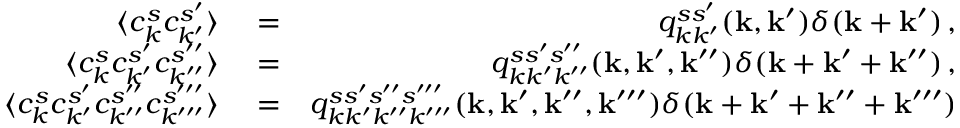
\begin{array} { r l r } { \langle c _ { k } ^ { s } c _ { k ^ { \prime } } ^ { s ^ { \prime } } \rangle } & { { } = } & { q _ { k k ^ { \prime } } ^ { s s ^ { \prime } } ( { \bf k } , { \bf k } ^ { \prime } ) \delta ( { \bf k } + { \bf k } ^ { \prime } ) \, , } \\ { \langle c _ { k } ^ { s } c _ { k ^ { \prime } } ^ { s ^ { \prime } } c _ { k ^ { \prime \prime } } ^ { s ^ { \prime \prime } } \rangle } & { { } = } & { q _ { k k ^ { \prime } k ^ { \prime \prime } } ^ { s s ^ { \prime } s ^ { \prime \prime } } ( { \bf k } , { \bf k } ^ { \prime } , { \bf k } ^ { \prime \prime } ) \delta ( { \bf k } + { \bf k } ^ { \prime } + { \bf k } ^ { \prime \prime } ) \, , } \\ { \langle c _ { k } ^ { s } c _ { k ^ { \prime } } ^ { s ^ { \prime } } c _ { k ^ { \prime \prime } } ^ { s ^ { \prime \prime } } c _ { k ^ { \prime \prime \prime } } ^ { s ^ { \prime \prime \prime } } \rangle } & { { } = } & { q _ { k k ^ { \prime } k ^ { \prime \prime } k ^ { \prime \prime \prime } } ^ { s s ^ { \prime } s ^ { \prime \prime } s ^ { \prime \prime \prime } } ( { \bf k } , { \bf k } ^ { \prime } , { \bf k } ^ { \prime \prime } , { \bf k } ^ { \prime \prime \prime } ) \delta ( { \bf k } + { \bf k } ^ { \prime } + { \bf k } ^ { \prime \prime } + { \bf k } ^ { \prime \prime \prime } ) } \end{array}